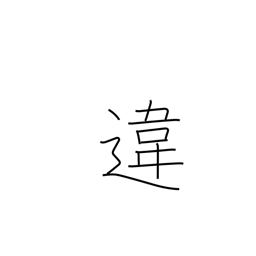
Meaning: difference